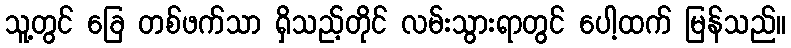
သူ့တွင် ခြေ တစ်ဖက်သာ ရှိသည့်တိုင် လမ်းသွားရာတွင် ပေါ့ထက် မြန်သည်။